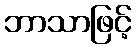
ဘာသာဖြင့်